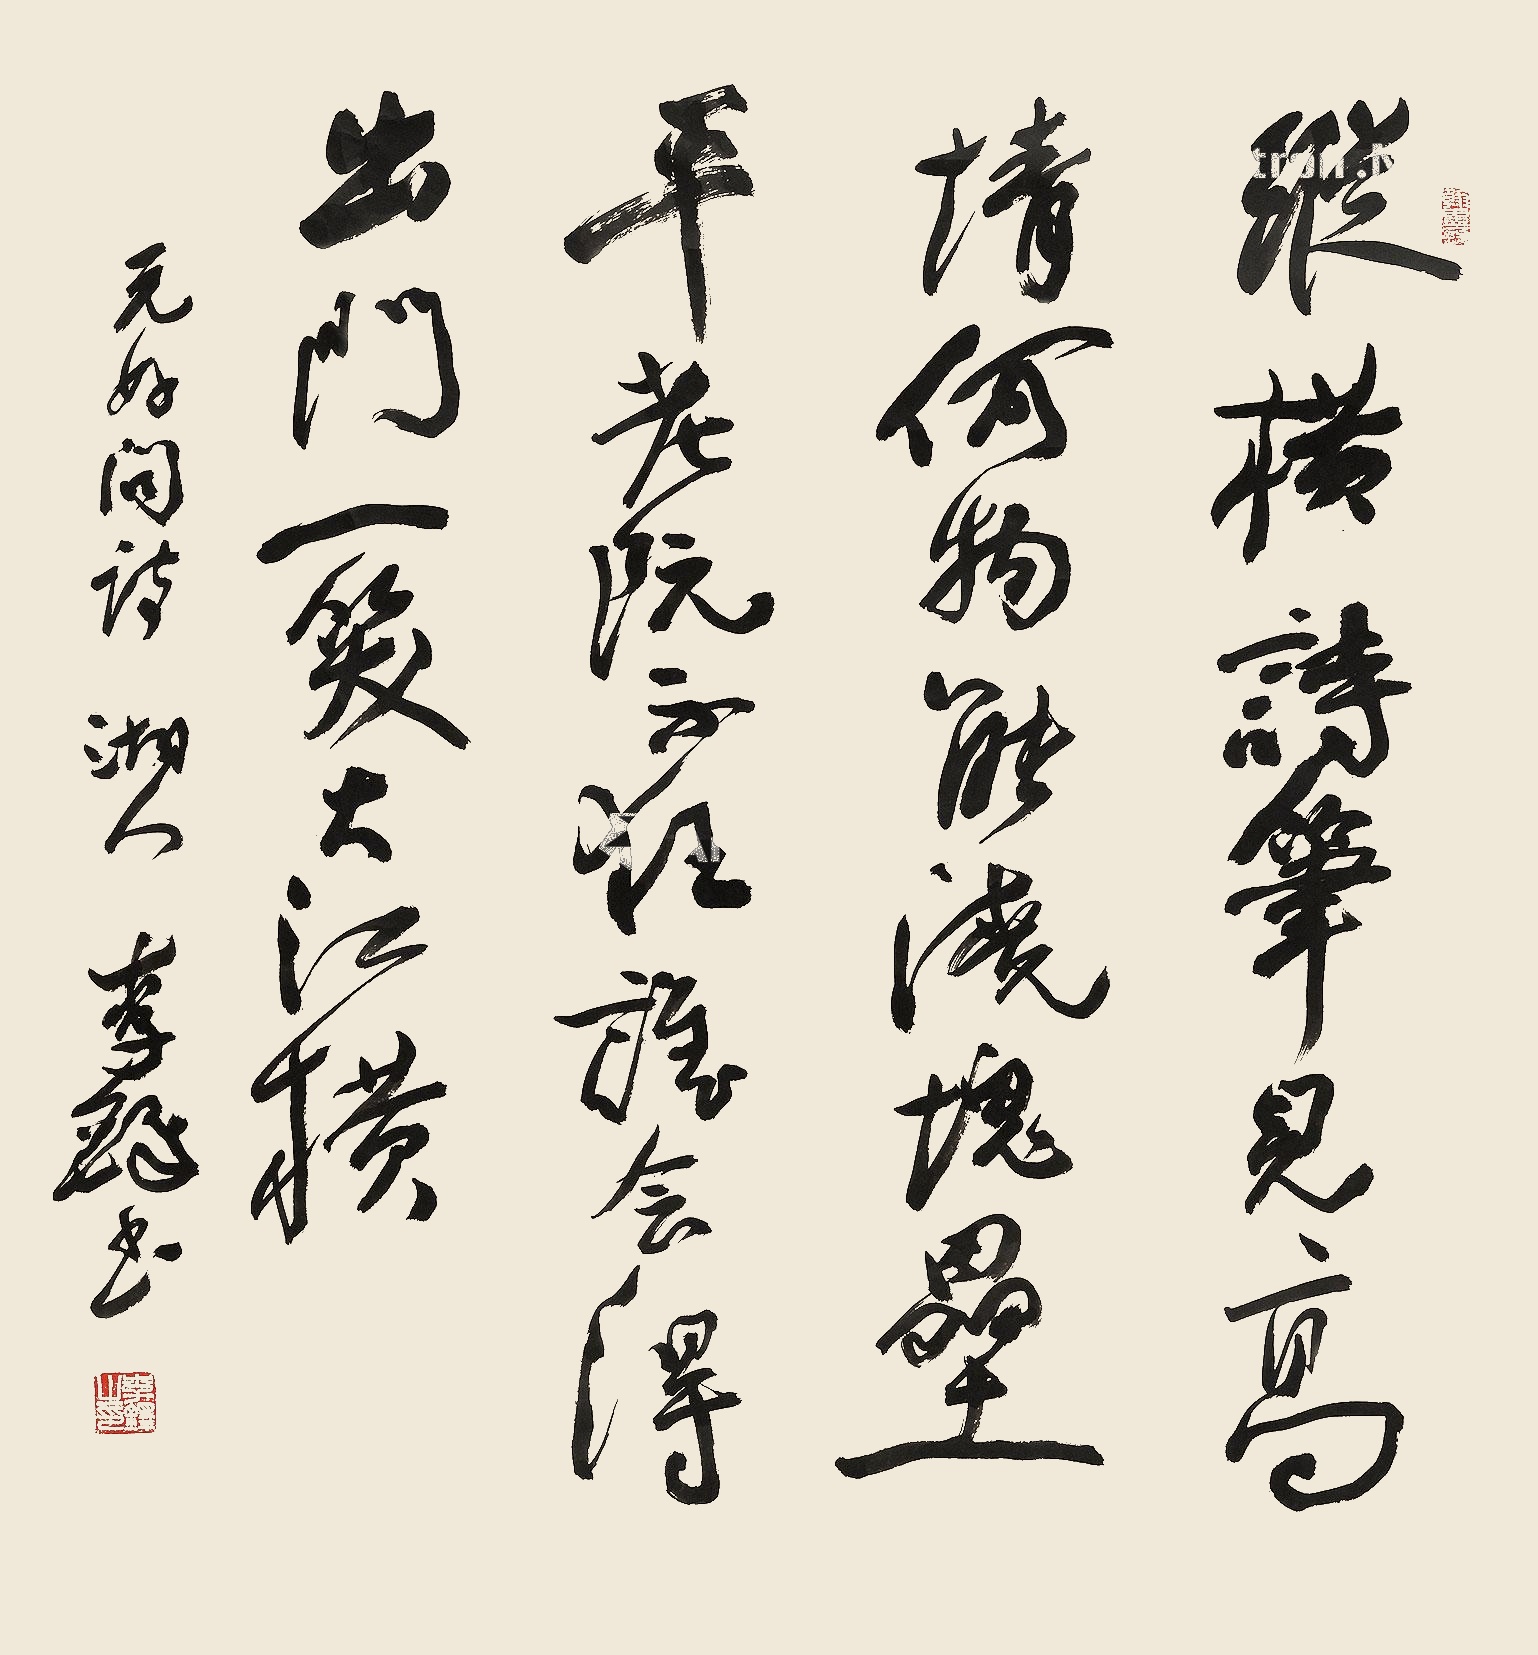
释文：纵横诗笔见高情，何物能浇块垒平？老阮不狂谁会得？出门一笑大江横。元好问诗。湘人李铎书。